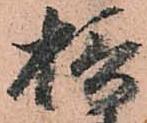
摂